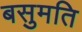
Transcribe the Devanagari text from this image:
बसुमति